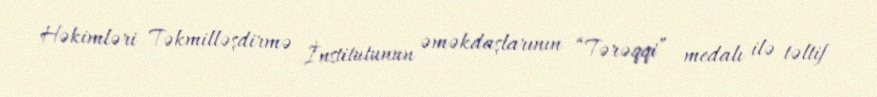
Həkimləri Təkmilləşdirmə İnstitutunun əməkdaşlarının “Tərəqqi” medalı ilə təltif